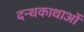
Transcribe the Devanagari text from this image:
दन्थकाथाओं